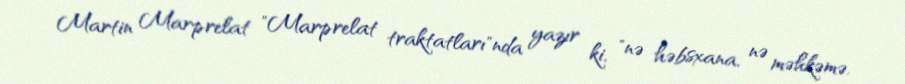
Martin Marprelat "Marprelat traktatları"nda yazır ki, "nə həbsxana, nə məhkəmə,